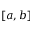
[ a , b ]